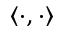
\left< \cdot , \cdot \right>